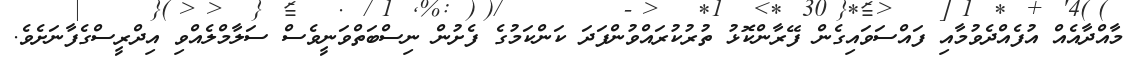
މާއްދާއެއް އުފެއްދެވުމާއި ފައްސަވައިގެން ފޭރާންކޮޅު ތުރުކުރައްވުންފަދަ ކަންކަމުގެ ފެށުން ނިސްބަތްވަނީވެސް ސަލާމްލެއްވި އިދްރީސްގެފާނަށެވެ.